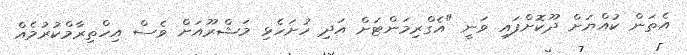
އެތަން ކުއްޔަށް ދޫކޮށްފައި ވަނީ "އެގްރިމަންޓަށް އަދި ހުށަހެޅި މަޝްރޫއަށް ވެސް އިހްތިރާމްކުރުމެއް